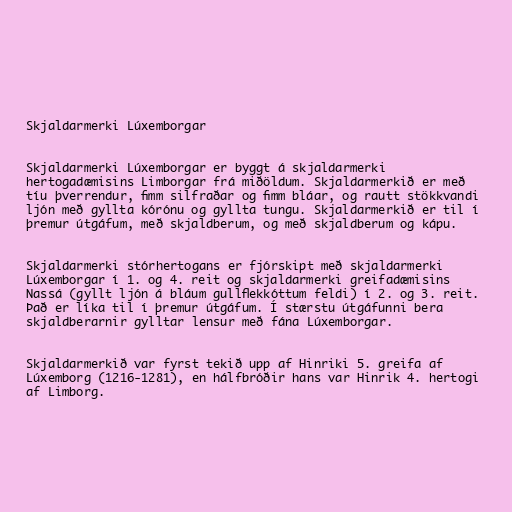
Skjaldarmerki Lúxemborgar

Skjaldarmerki Lúxemborgar er byggt á skjaldarmerki
hertogadæmisins Limborgar frá miðöldum. Skjaldarmerkið er með
tíu þverrendur, fimm silfraðar og fimm bláar, og rautt stökkvandi
ljón með gyllta kórónu og gyllta tungu. Skjaldarmerkið er til í
þremur útgáfum, með skjaldberum, og með skjaldberum og kápu.

Skjaldarmerki stórhertogans er fjórskipt með skjaldarmerki
Lúxemborgar í 1. og 4. reit og skjaldarmerki greifadæmisins
Nassá (gyllt ljón á bláum gullflekkóttum feldi) í 2. og 3. reit.
Það er líka til í þremur útgáfum. Í stærstu útgáfunni bera
skjaldberarnir gylltar lensur með fána Lúxemborgar.

Skjaldarmerkið var fyrst tekið upp af Hinriki 5. greifa af
Lúxemborg (1216-1281), en hálfbróðir hans var Hinrik 4. hertogi
af Limborg.